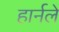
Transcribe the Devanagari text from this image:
हार्नले